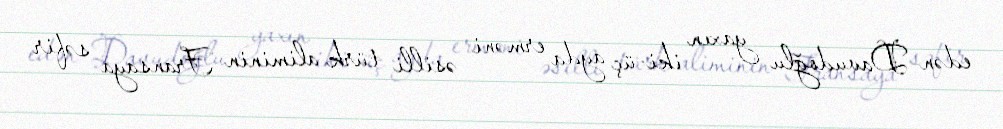
edən Davudoğlu yaxın iki-üç ayda erməni əsilli türk aliminin Fransaya səfir